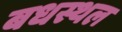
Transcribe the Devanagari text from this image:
बधस्थल